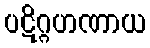
ပဋိဂ္ဂဟဏာယ